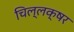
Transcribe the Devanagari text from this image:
चिल्लक्षर